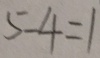
5 - 4 = 1